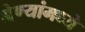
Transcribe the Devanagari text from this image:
श्रेण्यांमध्ये